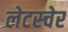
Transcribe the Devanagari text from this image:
लेटस्चेर